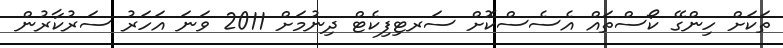
ތަކަށް ހިންގޭ ކޯސްތައް އެސެސްކޮށް ސަރޓިފިކެޓް ދިނުމަށް 2011 ވަނަ އަހަރު ސަރުކާރުން